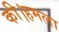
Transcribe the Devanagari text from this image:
की।हमला